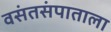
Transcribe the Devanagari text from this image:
वसंतसंपाताला